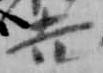
吉